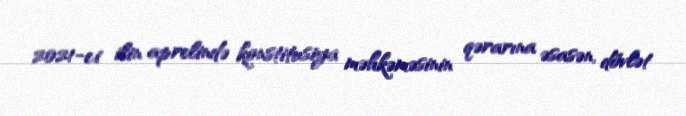
2021-ci ilin aprelində konstitusiya məhkəməsinin qərarına əsasən, dövlət